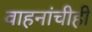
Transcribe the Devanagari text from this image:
वाहनांचीही